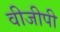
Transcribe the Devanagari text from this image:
वीजीपी